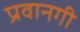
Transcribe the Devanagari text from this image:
प्रवानगी